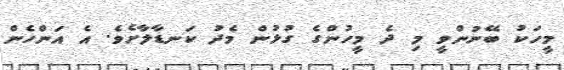
މީހަކު ބޭނުންވީ މި ދެ މީހުންގެ ގުޅުން މެދު ކަނޑާލާށެވެ. އެ އަންހެން